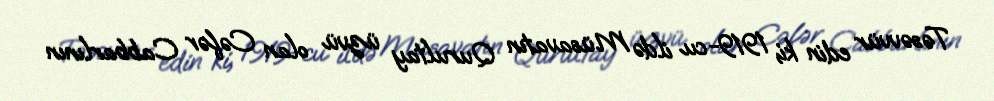
Təsəvvür edin ki, 1919-cu ildə Müsavatın Qurultay üzvü olan Cəfər Cabbarlının